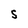
Character: S